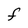
Character: F